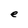
Character: e